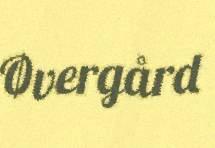
Øvergård